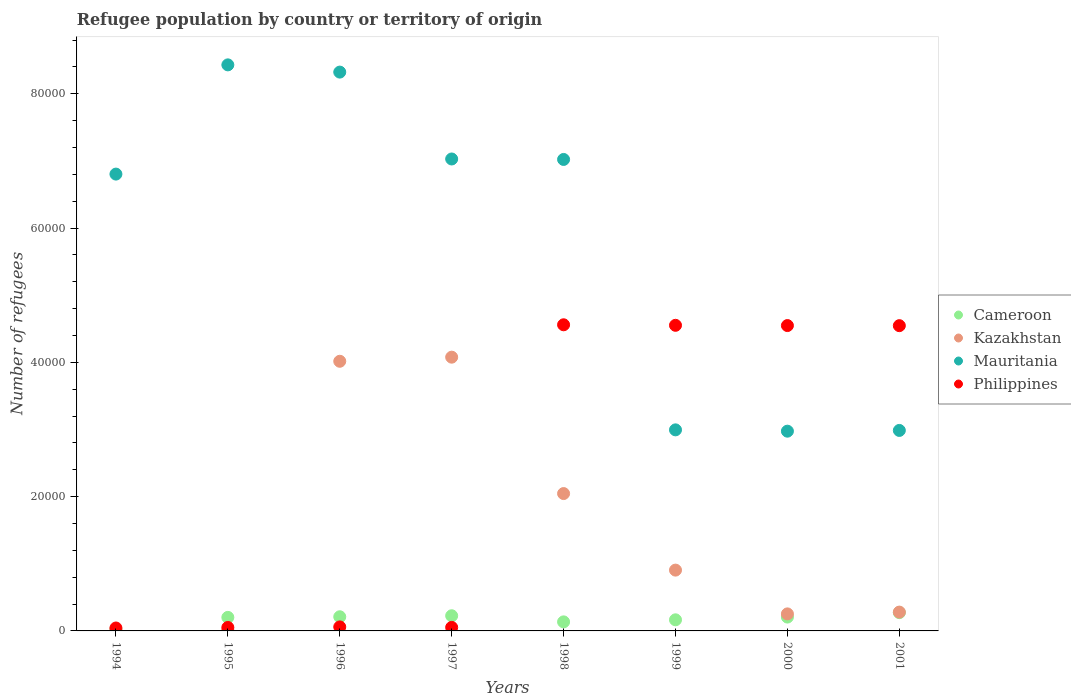
| Years | Cameroon | Kazakhstan | Mauritania | Philippines |
 | --- | --- | --- | --- | --- |
 | 1994 | 238 | 27 | 6.8e+04 | 436 |
 | 1995 | 2.02e+03 | 139 | 8.43e+04 | 516 |
 | 1996 | 2.11e+03 | 4.02e+04 | 8.32e+04 | 598 |
 | 1997 | 2.26e+03 | 4.08e+04 | 7.03e+04 | 525 |
 | 1998 | 1.35e+03 | 2.05e+04 | 7.02e+04 | 4.56e+04 |
 | 1999 | 1.65e+03 | 9.06e+03 | 2.99e+04 | 4.55e+04 |
 | 2000 | 2.06e+03 | 2.54e+03 | 2.98e+04 | 4.55e+04 |
 | 2001 | 2.72e+03 | 2.8e+03 | 2.99e+04 | 4.55e+04 |